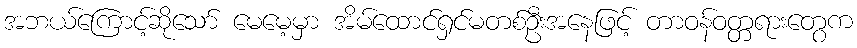
အဘယ်ကြောင့်ဆိုသော် မေမေ့မှာ အိမ်ထောင်ရှင်မတစ်ဦးအနေဖြင့် တာဝန်ဝတ္တရားတွေက